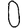
Digit: 0